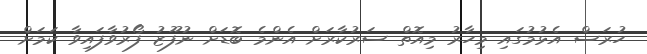
ހުރަސް އެޅުމުގައި މިހާރު މިއޮތް ސަރުކާރަށް އެންމެ ބޮޑަށް ނުފޫޒު ފޯރުވާފައިވާ ކަމަށް